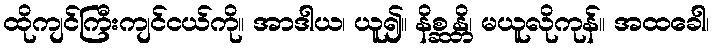
ထိုကျင်ကြီးကျင်ငယ်ကို။ အာဒါယ၊ ယူ၍။ နိစ္ဆန္တိ၊ မယူလိုကုန်။ အထခေါ၊